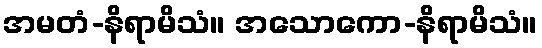
အမတံ-နိရာမိသံ။ အသောကော-နိရာမိသံ။